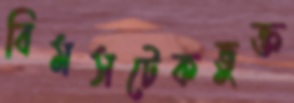
বিমসটেকভুক্ত